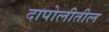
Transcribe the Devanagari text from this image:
दापोलीतील